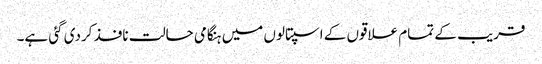
قریب کے تمام علاقوں کے اسپتالوں میں ہنگامی حالت نافذ کردی گئی ہے۔